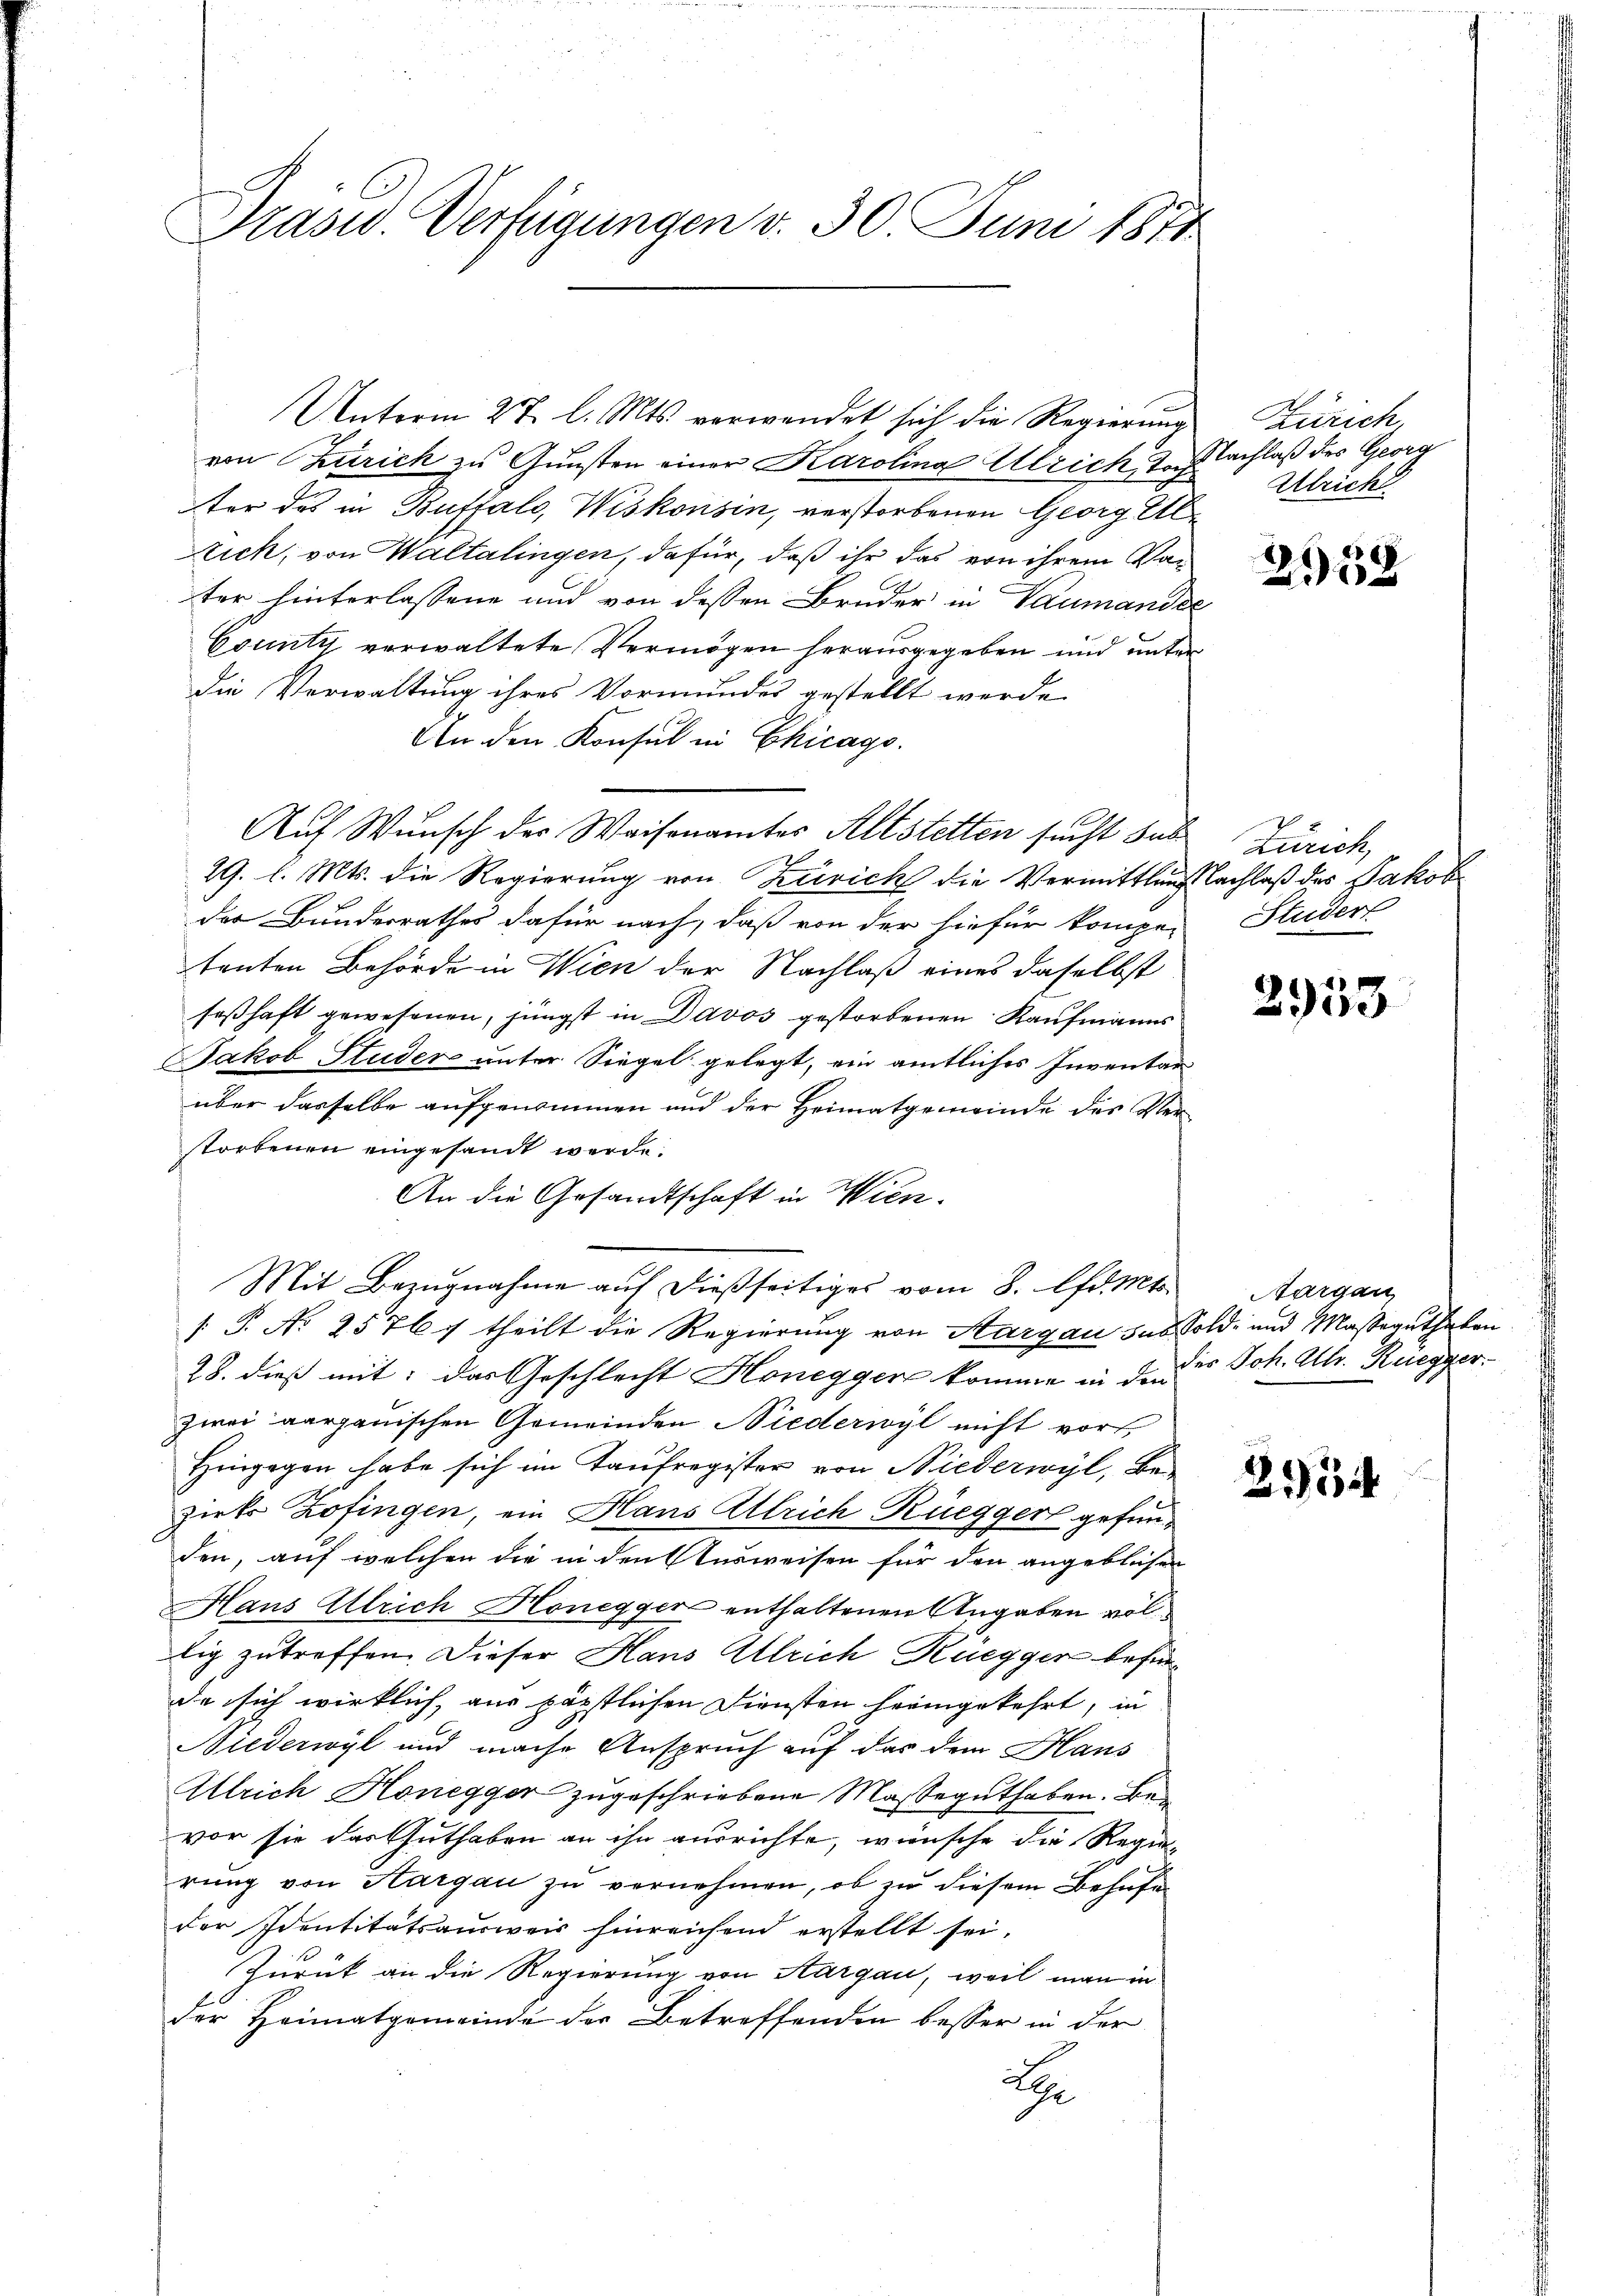
Präsid. Verfügungen v. 30. Juni 1871

Unterm 27. l. Mts. verwendet sich die Regierung
von Zürich zu Gunsten einer Karolina Ulrich, Toch
ter des in Buffalo, Wiskonsin, verstorbenen Georg Elzick, von Waltalingen, dafür, daß ihr das von ihrem Vater hinterlassene und von dessen Bruder in Baumander
County verwaltete Vermögen herausgegeben und unter
die Verwaltung ihres Vormundes gestellt werde.
An den Konsul in Chicago.
Auf Wunsch der Waisenamtes Altstetten sucht Sub
29. l. Mts. die Regierung von Zürich die Vermittlauslachlaß des Jakob
der Bunderrathes dafür nach, daß von der hiefür kompe-
tenten Behörde in Wien der Nachlaß eines daselbst
seßhaft gewesenen, jüngst in Davos gestorbenen Kaufmanns
Jakob Studer unter Siegel gelegt, ein amtliches Inventar
über dasselbe aufgenommen und der Heimatgemeinde des Verstorbenen eingesandt werde.
An die Gesandtschaft in Wien.
§ T. No 2576 f theilt die Regierung von Aargau das Sold- und Masseguthaben
28. dieß mit: das Geschlecht Honegger komme in den 23 Joh. Ulr. Rüegger
zwei aargauischen Gemeinden Niederwyl nicht vor
Hingegen habe sich im Taufregister von Niederwyl, bezirks Zofingen, ein Hans Ulrich Rüegger gefunden, auf welchen die in den Ausweisen für den angeblichen
Maus Ellrich Honegger enthaltenen Angaben völlig zutreffen. Dieser Haus Ulrich Rüegger befür
da sich wirklich, aus päpstlichen Diensten heimgekehrt, in
Niederwyl und mache Anspruch auf das dem Haus
Ulrich Honegger zugeschriebene Masseguthaben. Bevor sie das Guthaben an ihn ausrichte, wünsche die Regierung von Hargau zu vernehmen, ob zu diesem Behufe
der Identitätsausweis hinreichend erstellt sei.
Zurück an die Regierung von Aargau, weil man in
der Heimatgemeinde der Betreffenden besser in der
t

Mit Bezugnahme auf dießseitiges vom 8. lfd. Mts. Aargau

Zürich,
Nachlaß des Georg
Ulrich

2958

Zürich,
Studert

2953

254